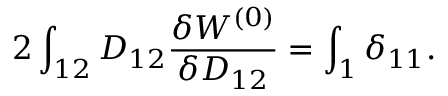
2 \int _ { 1 2 } D _ { 1 2 } \frac { \delta W ^ { ( 0 ) } } { \delta D _ { 1 2 } } = \int _ { 1 } \delta _ { 1 1 } .